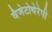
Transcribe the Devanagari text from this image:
वैजेटोथेरेपी